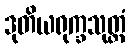
ဒုတိယရုက္ခသုတ္တံ